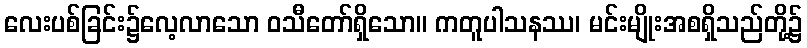
လေးပစ်ခြင်း၌လေ့လာသော ဝသီတော်ရှိသော။ ကတူပါသနဿ၊ မင်းမျိုးအစရှိသည်တို့၌